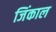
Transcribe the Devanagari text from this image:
जिंकाल